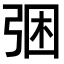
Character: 𭚲